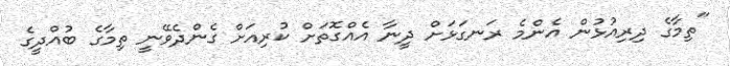
"ތިމާގެ ދިރިއުޅުން އެންމެ ރަނގަޅަށް ދީނާ އެއްގޮތަށް ކުރިއަށް ގެންދެވޭނީ ތިމާގެ ބުއްދީގެ